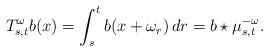
LaTeX: \begin{align*} T^\omega_{s,t}b(x) = \int_s^t b(x+\omega_r)\,dr = b\star\mu_{s,t}^{-\omega}.\end{align*}